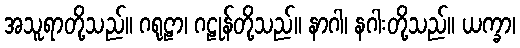
အသူရာတို့သည်။ ဂရုဠာ၊ ဂဠုန်တို့သည်။ နာဂါ၊ နဂါးတို့သည်။ ယက္ခာ၊